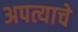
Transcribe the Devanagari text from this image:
अपत्याचे